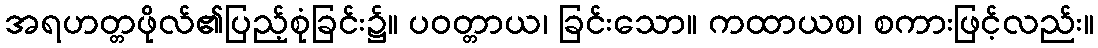
အရဟတ္တဖိုလ်၏ပြည့်စုံခြင်း၌။ ပဝတ္တာယ၊ ခြင်းသော။ ကထာယစ၊ စကားဖြင့်လည်း။